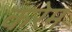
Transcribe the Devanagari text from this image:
करेम